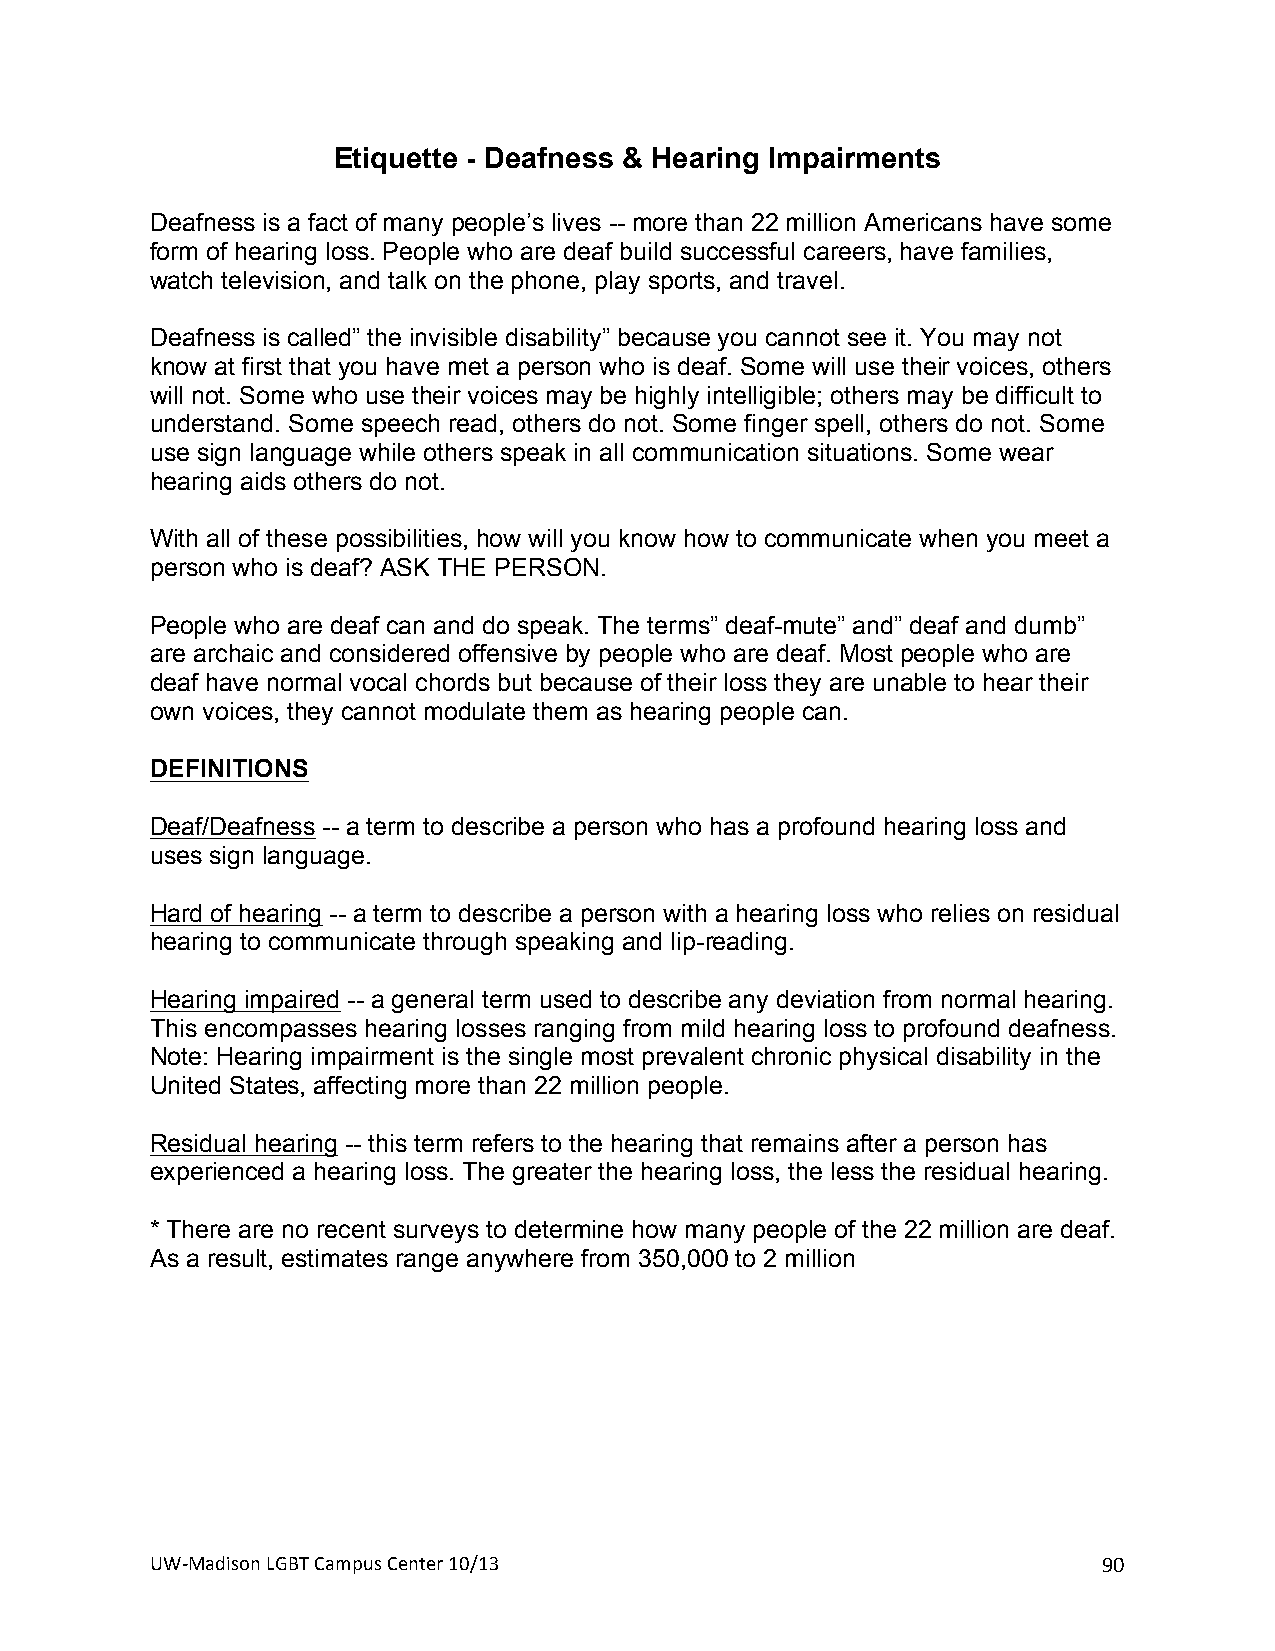
Etiquette - Deafness & Hearing Impairments
 Deafness is a fact of many people’s lives -- more than 22 million Americans have some
 form of hearing loss. People who are deaf build successful careers, have families,
 watch television, and talk on the phone, play sports, and travel.
 Deafness is called” the invisible disability” because you cannot see it. You may not
 know at first that you have met a person who is deaf. Some will use their voices, others
 will not. Some who use their voices may be highly intelligible; others may be difficult to
 understand. Some speech read, others do not. Some finger spell, others do not. Some
 use sign language while others speak in all communication situations. Some wear
 hearing aids others do not.
 With all of these possibilities, how will you know how to communicate when you meet a
 person who is deaf? ASK THE PERSON.
 People who are deaf can and do speak. The terms” deaf-mute” and” deaf and dumb”
 are archaic and considered offensive by people who are deaf. Most people who are
 deaf have normal vocal chords but because of their loss they are unable to hear their
 own voices, they cannot modulate them as hearing people can.
 DEFINITIONS
 Deaf/Deafness -- a term to describe a person who has a profound hearing loss and
 uses sign language.
 Hard of hearing -- a term to describe a person with a hearing loss who relies on residual
 hearing to communicate through speaking and lip-reading.
 Hearing impaired -- a general term used to describe any deviation from normal hearing.
 This encompasses hearing losses ranging from mild hearing loss to profound deafness.
 Note: Hearing impairment is the single most prevalent chronic physical disability in the
 United States, affecting more than 22 million people.
 Residual hearing -- this term refers to the hearing that remains after a person has
 experienced a hearing loss. The greater the hearing loss, the less the residual hearing.
 * There are no recent surveys to determine how many people of the 22 million are deaf.
 As a result, estimates range anywhere from 350,000 to 2 million
 UW#Madison+LGBT+Campus+Center+10/13+                           90+